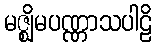
မဇ္ဈိမပဏ္ဏာသပါဠိ